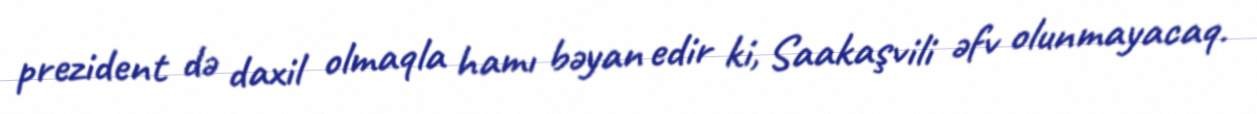
prezident də daxil olmaqla hamı bəyan edir ki, Saakaşvili əfv olunmayacaq.